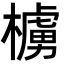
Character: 㯭